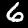
Digit: 6